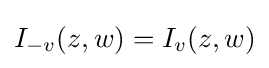
I_{-v}(z,w)=I_{v}(z,w)